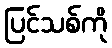
ပြင်သစ်ကို